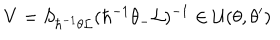
V = S _ { \hbar ^ { - 1 } \theta { \cal L } } ( \hbar ^ { - 1 } \theta _ { - } { \cal L } ) ^ { - 1 } \in { \cal U } ( \theta , \theta ^ { \prime } )